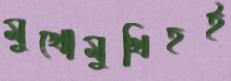
মুখোমুখিহই